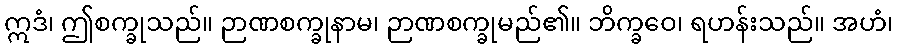
ဣဒံ၊ ဤစက္ခုသည်။ ဉာဏစက္ခုနာမ၊ ဉာဏစက္ခုမည်၏။ ဘိက္ခဝေ၊ ရဟန်းသည်။ အဟံ၊